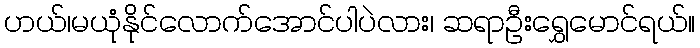
ဟယ်၊မယုံနိုင်လောက်အောင်ပါပဲလား၊ ဆရာဦးရွှေမောင်ရယ်။